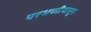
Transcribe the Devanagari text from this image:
परभणीपासून